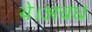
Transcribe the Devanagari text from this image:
थे।अवध